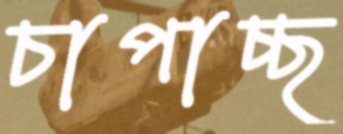
চাপাচ্ছ